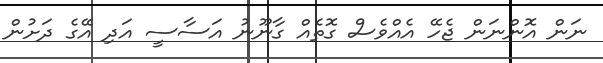
ނަން އޮންނަން ޖެހޭ އެއްވެސް ގޮތެއް ގާނޫނު އަސާސީ އަދި އޭގެ ދަށުން